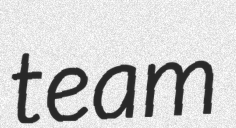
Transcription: team